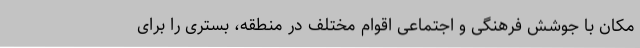
مكان با ‌جوشش فرهنگی و اجتماعی اقوام مختلف در منطقه، بستری را برای